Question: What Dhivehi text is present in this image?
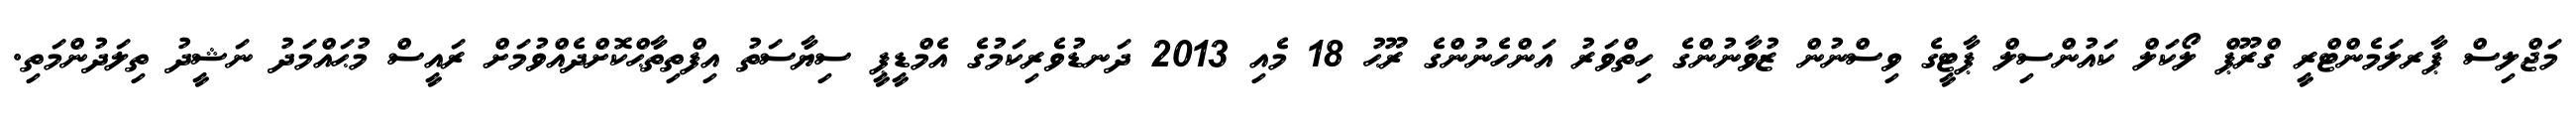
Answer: މަޖްލިސް ޕާރލަމެންޓްރީ ގްރޫޕް ލޯކަލް ކައުންސިލް ޕާޓީގެ ވިސްނުން ޒުވާނުންގެ ހިތްވަރު އަންހެނުންގެ ރޫޙު 18 މެއި 2013 ދަނޑުވެރިކަމުގެ އެމްޑީޕީ ސިޔާސަތު އިފްތިތާޙްކޮށްދެއްވުމަށް ރައީސް މުޙައްމަދު ނަޝީދު ތިލަދުންމަތި.